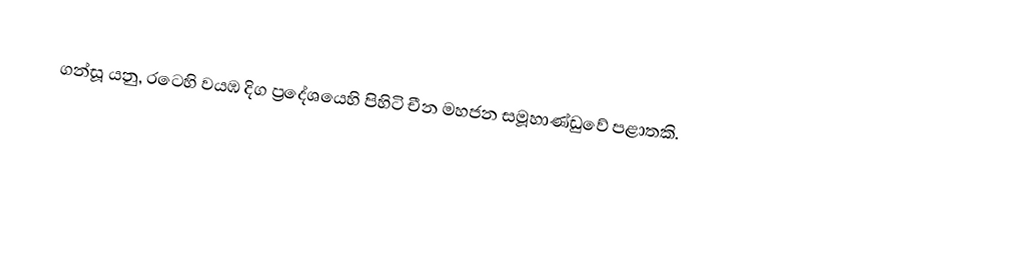
ගන්සූ යනු, රටෙහි   වයඹ  දිග ප්‍රදේශයෙහි පිහිටි  චීන මහජන සමූහාණ්ඩුවේ  පළාතකි.